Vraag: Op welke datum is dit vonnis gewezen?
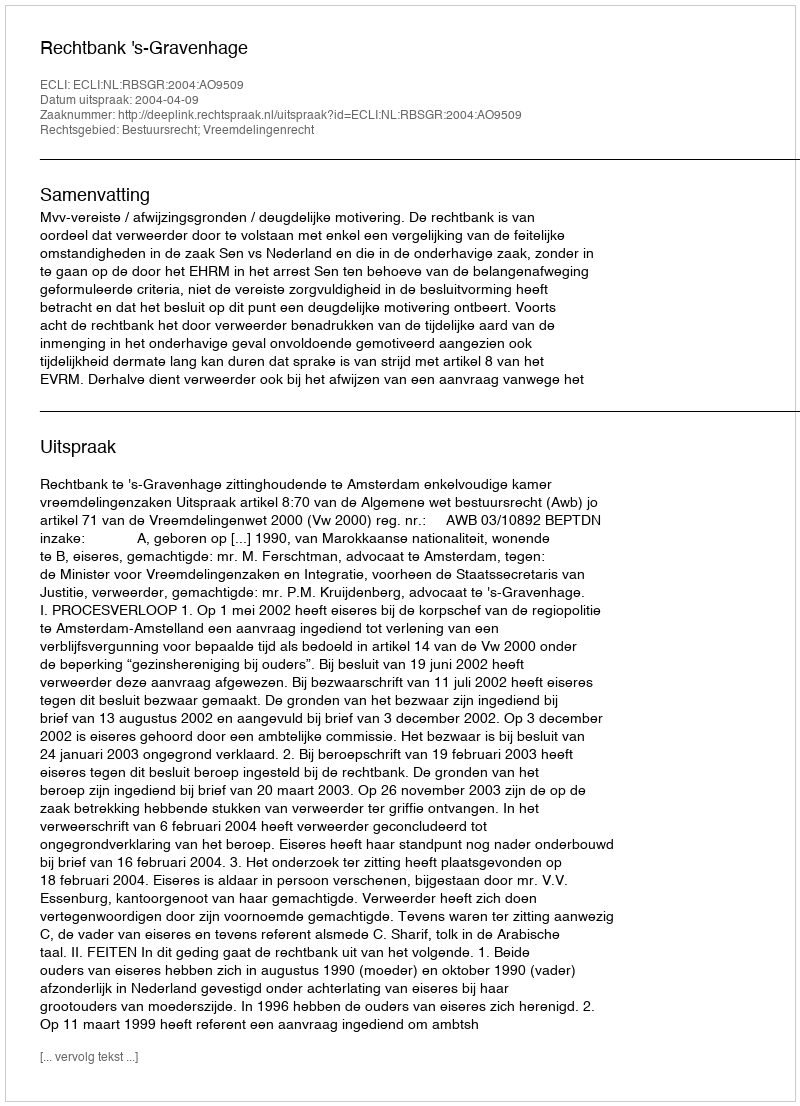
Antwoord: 2004-04-09